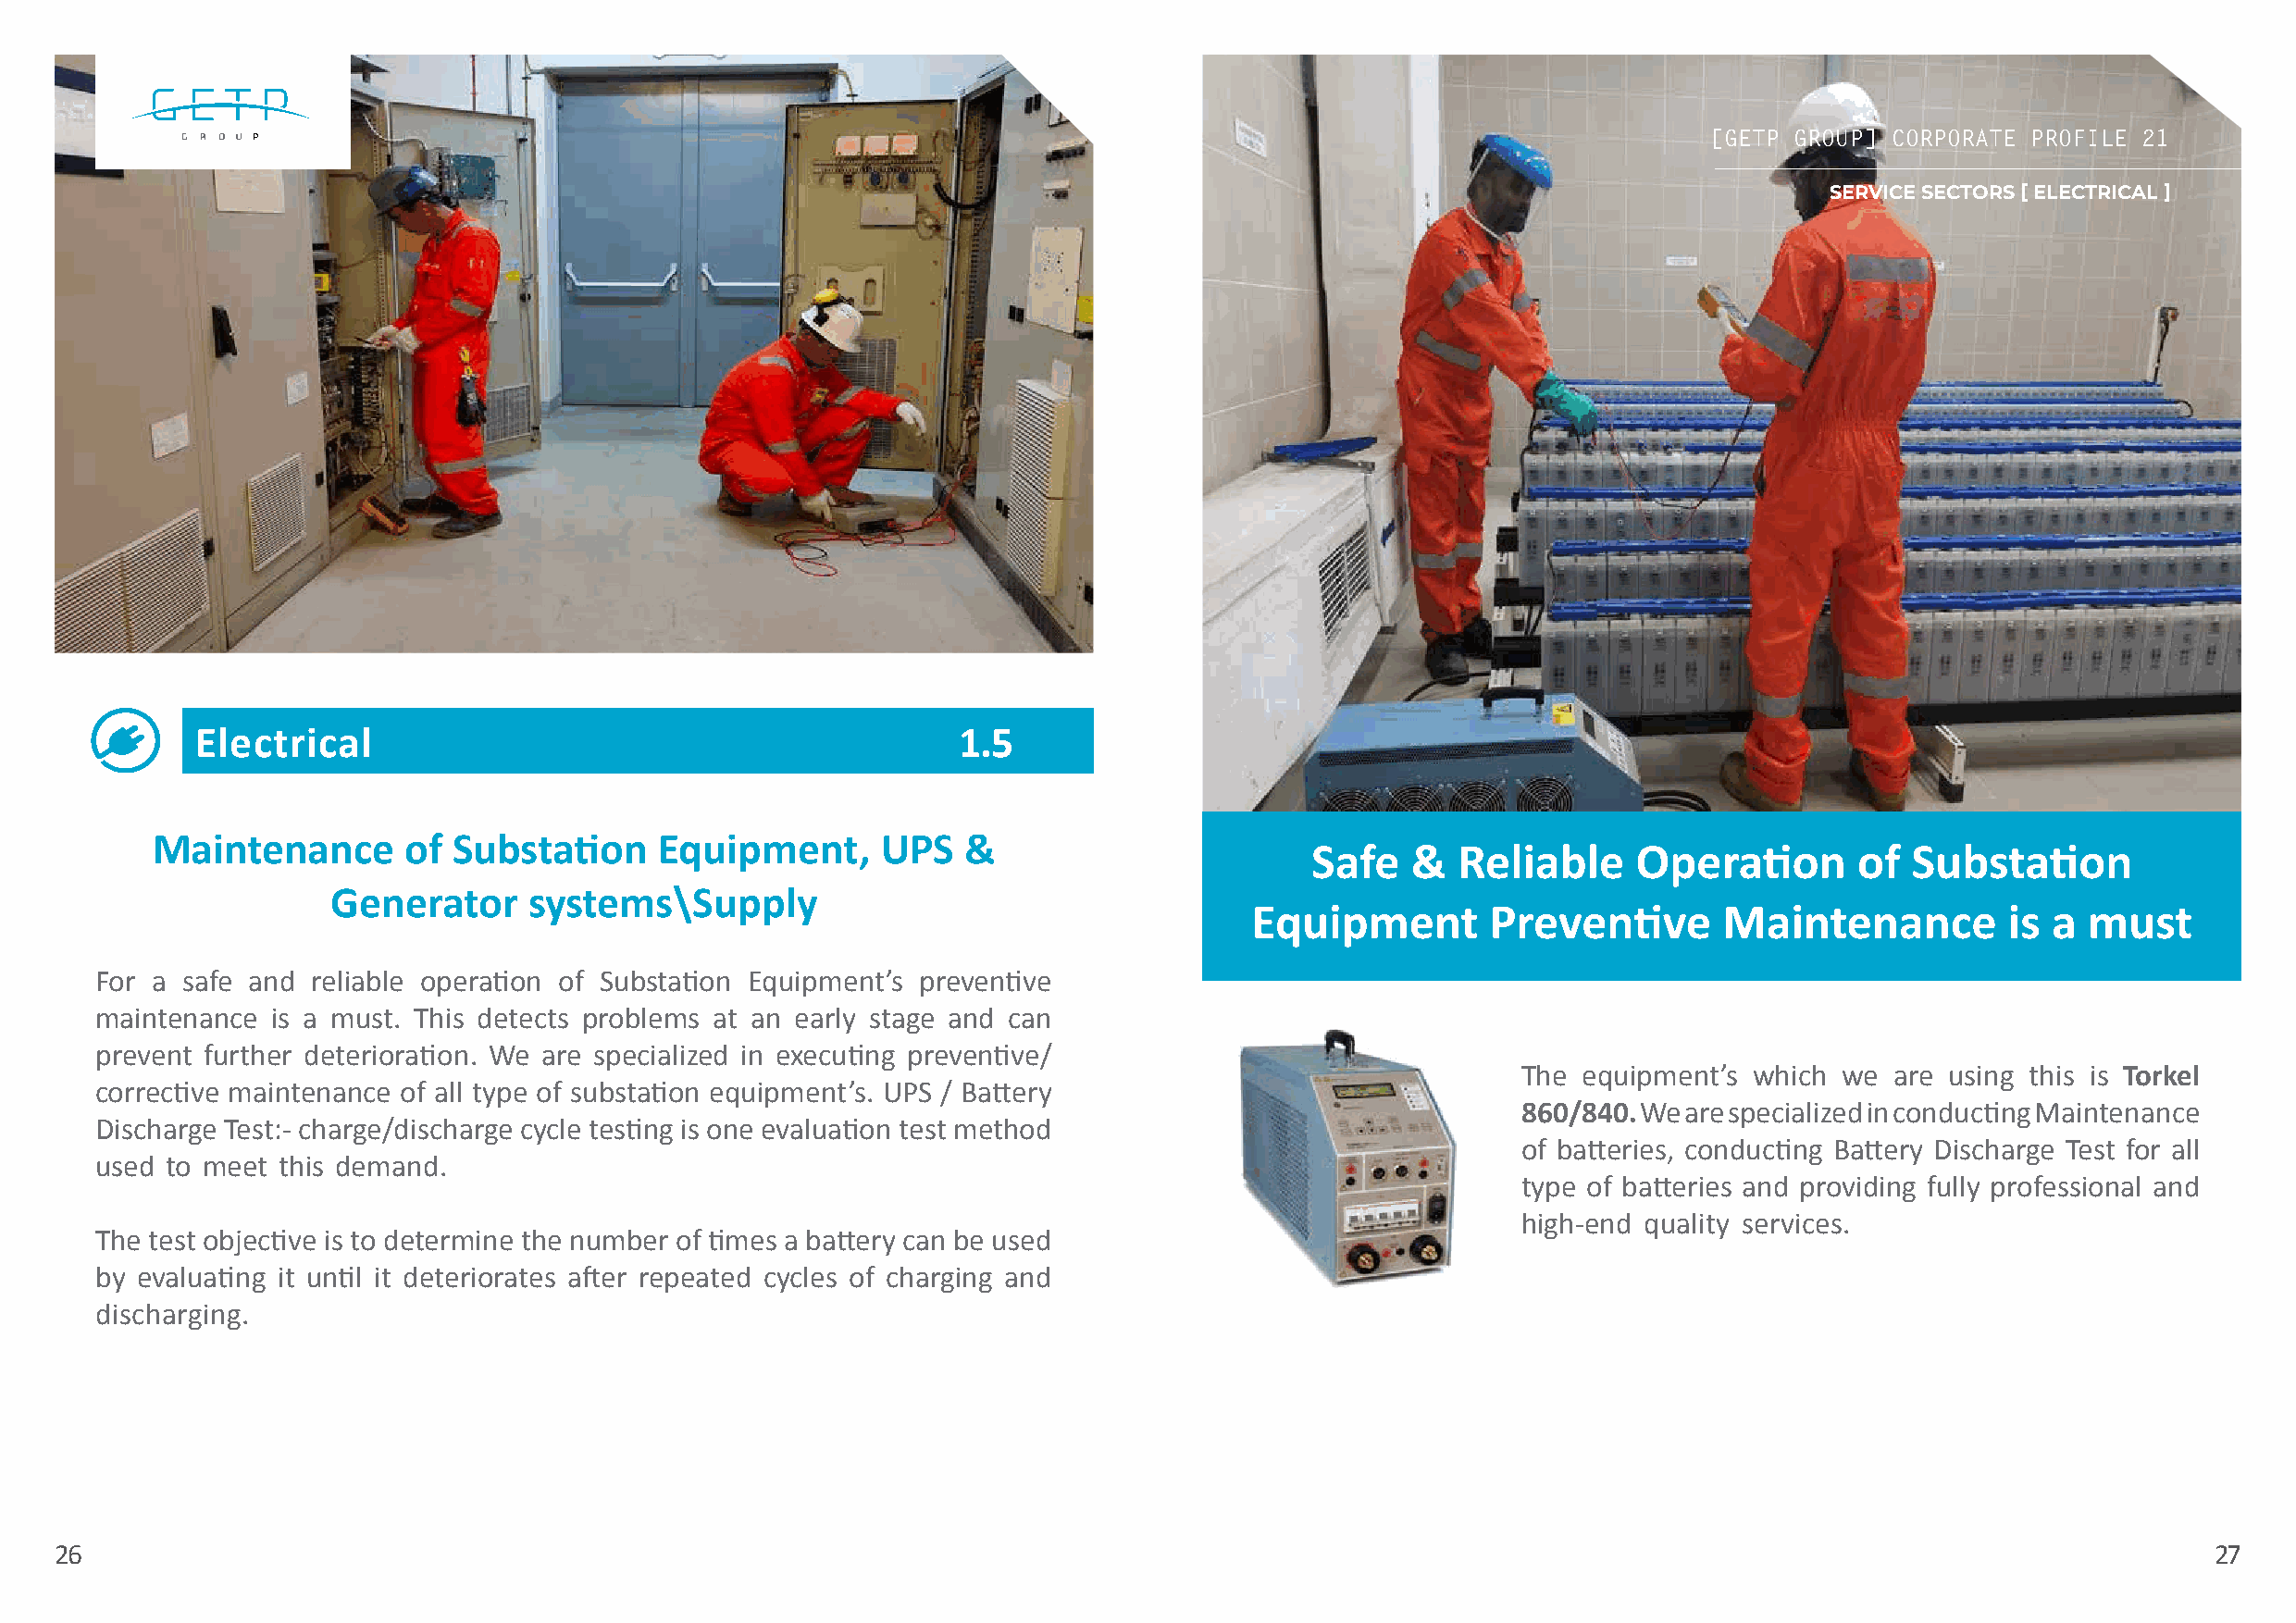
[[GGEETTPP GGRROOUUPP]] CCOORRPPOORRAATTEE PPRROOFFIILLEE 2211
 SERVICE SECTORS [ ELECTRICAL ]
 Electrical                                            1.5
 Maintenance       of Substation     Equipment,      UPS   &
 Safe   &  Reliable     Operation       of  Substation
 Generator     systems\Supply
 Equipment        Preventive      Maintenance          is a must
 For a safe and reliable operation of Substation Equipment’s preventive
 maintenance is a must. This detects problems at an early stage and can
 prevent further deterioration. We are specialized in executing preventive/
 The equipment’s which  we are using this is Torkel
 corrective maintenance of all type of substation equipment’s. UPS / Battery
 860/840. We are specialized in conducting Maintenance
 Discharge Test:- charge/discharge cycle testing is one evaluation test method
 of batteries, conducting Battery Discharge Test for all
 used to meet this demand.
 type of batteries and providing fully professional and
 high-end quality services.
 The test objective is to determine the number of times a battery can be used
 by evaluating it until it deteriorates after repeated cycles of charging and
 discharging.
 26                                                                                                                                                        27